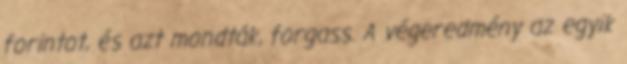
forintot, és azt mondták, forgass. A végeredmény az egyik